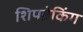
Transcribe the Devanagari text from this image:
शिपब्रेकिंग